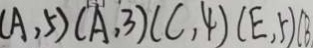
( A , 5 ) ( A , 3 ) ( C , 4 ) ( E , 5 ) ( B